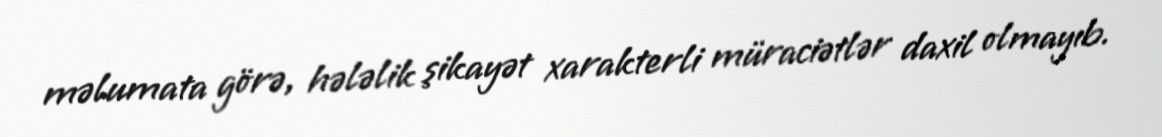
məlumata görə, hələlik şikayət xarakterli müraciətlər daxil olmayıb.